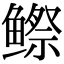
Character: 𬶭